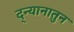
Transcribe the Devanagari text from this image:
द्न्यानातुन